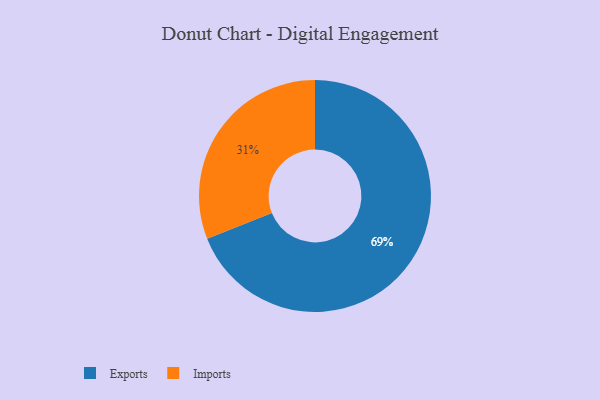
{"axis": {"x": "Category", "y": "Percentage"}, "legend": ["Exports", "Imports"], "data": [{"x": "Exports", "y": 69, "type": "Exports"}, {"x": "Imports", "y": 31, "type": "Imports"}]}